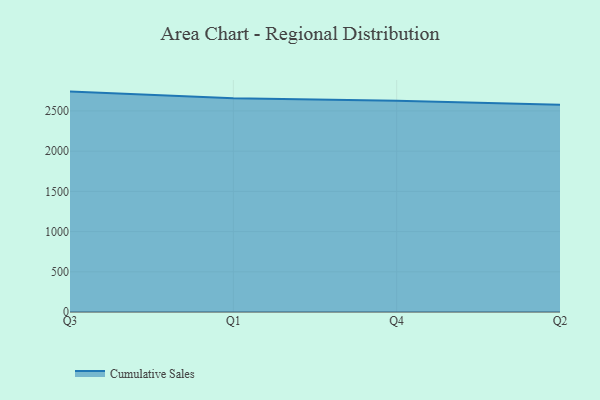
{"axis": {"x": "Quarter", "y": "Latency (ms)"}, "legend": ["Cumulative Sales"], "data": [{"x": "Q3", "y": 2740.4, "type": "Cumulative Sales"}, {"x": "Q1", "y": 2656.3, "type": "Cumulative Sales"}, {"x": "Q4", "y": 2625.5, "type": "Cumulative Sales"}, {"x": "Q2", "y": 2577.3, "type": "Cumulative Sales"}]}